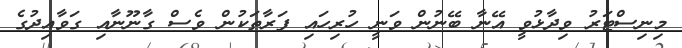
މިނިސްޓަރު ވިދާޅުވީ އޭނާ ބޭނުން ވަނީ ހުރިހައި ފަރާތަކުން ވެސް ގާނޫނާއި ގަވާއިދުގެ